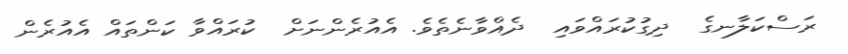
ރަސްކަލާނގެ  ދިގުކުރައްވައި  ދެއްވާނެތެވެ. އެއުރެންނަށް  ކުރައްވާ ކަންތައް އެއުރެން